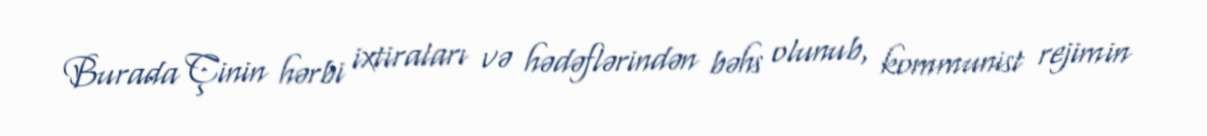
Burada Çinin hərbi ixtiraları və hədəflərindən bəhs olunub, kommunist rejimin